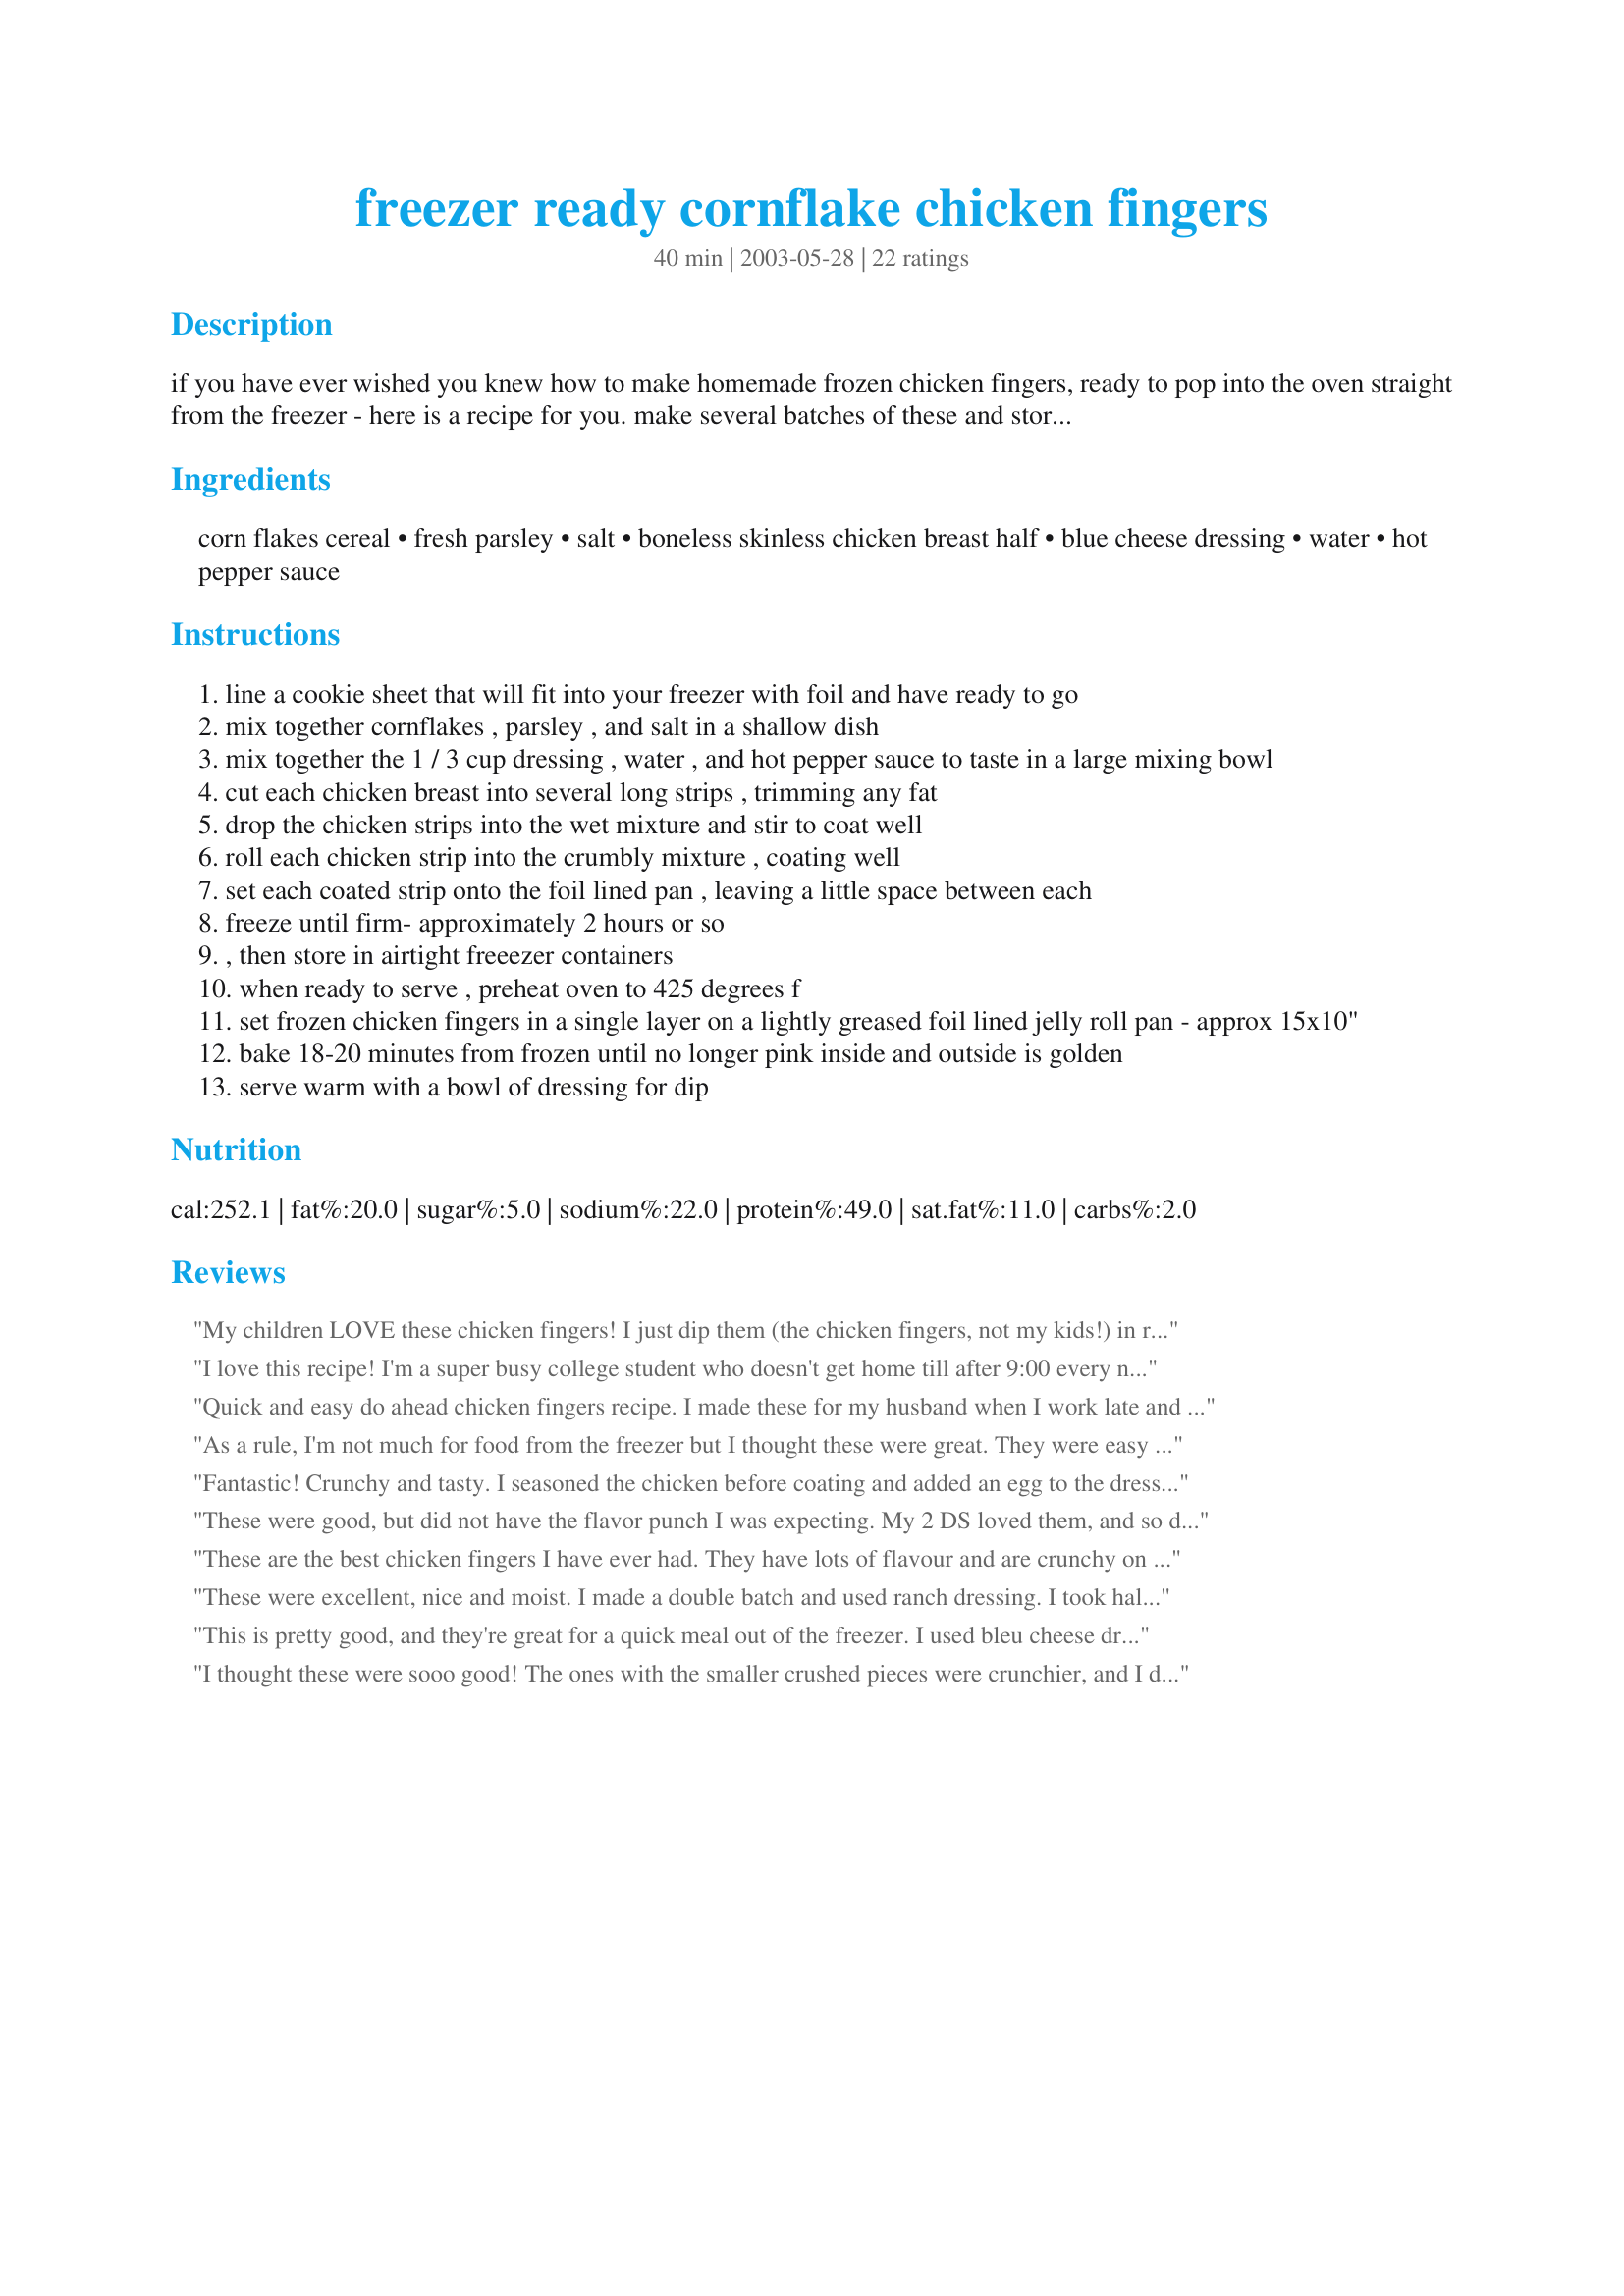
freezer ready cornflake chicken fingers
Preparation time: 40 minutes

if you have ever wished you knew how to make homemade frozen chicken fingers, ready to pop into the oven straight from the freezer - here is a recipe for you. make several batches of these and store them in freezer bags - you don't need to thaw them to cook them. the amount of servings varies based on how thinly your cut your chicken strips - usually about 3-4 strips per chicken breast half, and usually 3-4 chicken breast halves come out to one pound. to make these kid friendly, you may leave out the hot sauce.

Ingredients:
corn flakes cereal, fresh parsley, salt, boneless skinless chicken breast half, blue cheese dressing, water, hot pepper sauce

Steps:
line a cookie sheet that will fit into your freezer with foil and have ready to go
mix together cornflakes , parsley , and salt in a shallow dish
mix together the 1 / 3 cup dressing , water , and hot pepper sauce to taste in a large mixing bowl
cut each chicken breast into several long strips , trimming any fat
drop the chicken strips into the wet mixture and stir to coat well
roll each chicken strip into the crumbly mixture , coating well
set each coated strip onto the foil lined pan , leaving a little space between each
freeze until firm- approximately 2 hours or so
, then store in airtight freeezer containers
when ready to serve , preheat oven to 425 degrees f
set frozen chicken fingers in a single layer on a lightly greased foil lined jelly roll pan - approx 15x10"
bake 18-20 minutes from frozen until no longer pink inside and outside is golden
serve warm with a bowl of dressing for dip

Reviews:
My children LOVE these chicken fingers! I just dip them (the chicken fingers, not my kids!) in ranch dressing and coat them with either corn flake crumbs, as suggested, or with bread crumbs. It is great to have these stashed in the freezer for when I need them.
I love this recipe! I'm a super busy college student who doesn't get home till after 9:00 every night. I love being able to just toss a couple of these in the oven while I take a shower. I used ranch dressing because it is one of my favorite foods ever. Very easy to make and very budget friendly as well.
Quick and easy do ahead chicken fingers recipe. I made these for my husband when I work late and he easily just takes them from the freezer, cooks them, and has dinner in less than 30 minutes. He doesn't like ranch so I used BBQ sauce for half of them and hot sauce for the other half which turned out delicious. I'll definitely make these again.
As a rule, I'm not much for food from the freezer but I thought these were great. They were easy enough to prepare and a breeze to just pop in the oven. They were extremely moist which I liked. I used ranch dressing and kept the cornflake pieces on the large side. Will probably make them smaller next time. A word of advice though: if you bake the chicken fingers and have leftovers, reheat them in the oven, not the microwave. They taste good but get really soggy. Thanks for a great idea!
Fantastic! Crunchy and tasty. I seasoned the chicken before coating and added an egg to the dressing.
These were good, but did not have the flavor punch I was expecting. My 2 DS loved them, and so did DH. They did freeze very well, as we made these for our Nov. OAMC. I did omit the hot pepper sauce, as both DS are not big on heat. I'll try adding that the next time I make them. Thanks for posting.
These are the best chicken fingers I have ever had. They have lots of flavour and are crunchy on the outside. Make sure you cook these in the oven on some parchment paper, otherwise they stick. The only problem I had was the next day the cornflake topping wasn't really sticking to the chicken fingers, so I might add an egg next time to help it stick better.
These were excellent, nice and moist. I made a double batch and used ranch dressing. I took half out of the freezer tonight and they cooked up perfectly. Definitely a keeper and something great to make ahead for a quick dinner. Thanks for the recipe!
This is pretty good, and they're great for a quick meal out of the freezer. I used bleu cheese dressing, which I didn't care for it very much in this recipe. If I make it again, I'll use ranch. 
I also tried to health this up a bit by making the breading from equal parts corn flakes, bran flakes, and oatmeal.
I had never made cornflake chicken before, and my husband offered me a helpful hint about halfway through that made this better: crush the flakes as small as possible for crispier coating. He did this with 2 nesting bowls, crushing the flakes in the larger bowl with the smaller bowl. If I make this again, I'll probably use a food processer. However, I think I may just use a cooking light oven-fried chicken recipe that I like better overall.

I thought these were sooo good! The ones with the smaller crushed pieces were crunchier, and I didnt have a probelm with the coating slipping off at all! They werent frozen, so I actually cooked them at 400 degrees for about 20-25 min, and they were perfect! I will definitely cook again!
i cut the chic breasts really small - like a nugget. and i used panko for half batch and cornflakes for the rest. crispy! thanks heather! i didn't have the dressing so i just add spices and seasonings to cream cheese.
AWESOME! These are excellent. Cruncy, moist and full of flavour. I made them and baked them the same day but have put a few in my freezer to try later. THese are soooo good!

Tried the ones int he freezer, they are great.... way better than any frozen chicken finger I have tried....
This a a delicious time saver. It's got a great flavor. I made ahead this weekend and baked some last night for supper. I work all day so I love the fact that I could just pull it out of the freezer and stick in the oven! Boy am I happy I doubled this recipe.
Awesome! Now I have my answer to those really expensive and unhealthy bags of chicken in the grocery stores. These are so perfect to have on hand for when DH is home with the kids. Tasty, easy, cooks up nicely- I will be making this often. My boys (and DH) thank you!
 Thanks for posting!
My kids loved these!! I added taco seasoning to the ranch instead of hot sauce since we don't like hot sauce. I'm going to have to triple the recipe next time just to get us through a month!
Good and easy. Didn't freeze them, just cooked them that day.
Very good. Quick, easy recipe. I made this with the ranch dressing but I plan to try the blue cheese mix next. My hubby and kids loved them! I plan to make a large batch for the freezer.
These are quite good. I made them exactly as prepared except used fat free ranch dressing. Next time I think I'll use cayenne pepper instead of the hot sauce as the taste will suit me better. These all went into the freezer and heat up easily for a quick meal. I bake them on a cooling rack on a cookie sheet which results in crispiness all around.
I made this last week, half immediate finger-food and half to freeze to see how it would work. Not like I thought it wouldn't work! This was fabulous! And the teenagers raved. These chicken fingers were moist and tasty even when not dipped in something. Next time chicken breasts go on sale I'm going to make bunches. One pointer, don't vacume pack, which we do usually, they tend to not break apart without a little thawing. These will be in my freezer always. Wonderful recipe! Thanks Heather!
I have made these for years, and usually don't even bother to try to freeze them since my kids really love them. Instead of using a dairy dressing, I just use olive oil or a dairy-free dressing(whatever is lying around, but not fat-free Italian since that tastes sour in the end). It works for those who avoid dairy with or without chicken. Also, when I'm not in the mood for hot, I just sprinkle some mild chili powder into the cornflakes and you get the flavor without the heat. Similarly, I often add garlic powder to the cornflake crumbs for flavor.
Just 5 star rated 15006 exact same. But I did forget to mention that we didn't do the freezer step but will definitely keep in mind for freezer make ahead dish.
A very easy recipe and I think I would definitely make them again. I used ranch dressing and I cooked some tonight and froze the rest.
